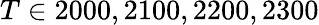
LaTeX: T\in{2000,2100,2200,2300}